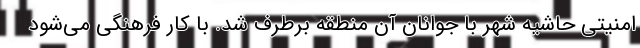
امنیتی حاشیه شهر با جوانان آن منطقه برطرف شد. با کار فرهنگی می‌شود